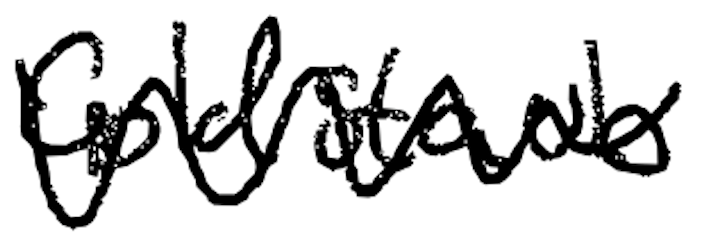
Text: Goldstaub
Cross-out: zig-zag
Writing tool: digital_black